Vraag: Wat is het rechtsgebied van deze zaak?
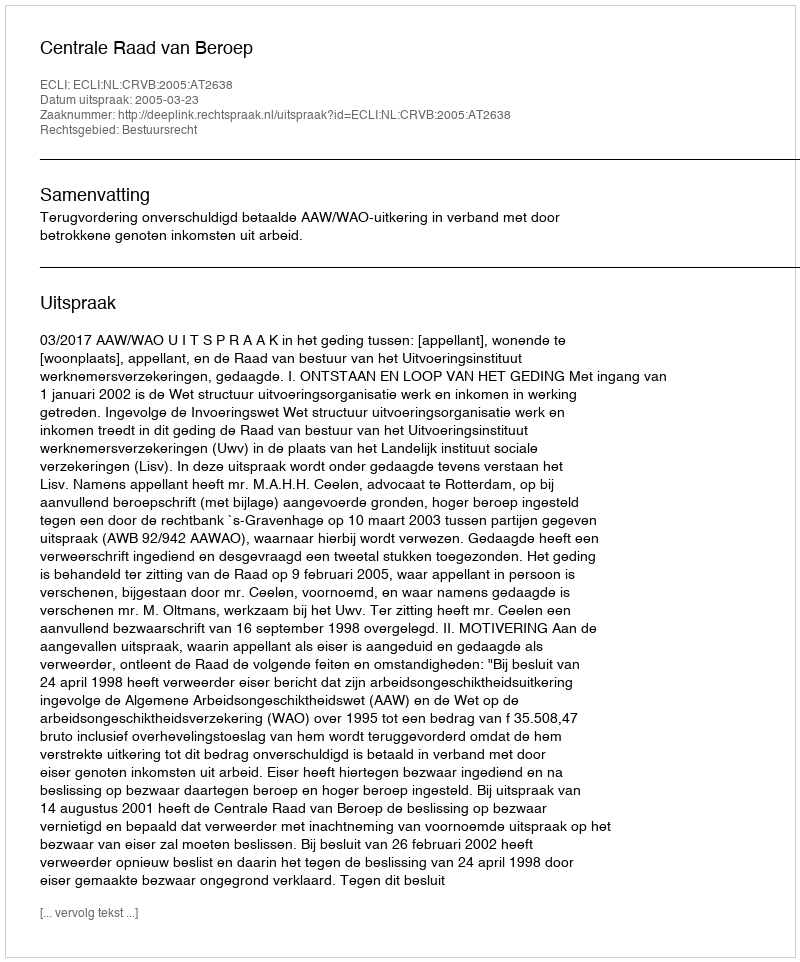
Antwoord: Bestuursrecht